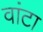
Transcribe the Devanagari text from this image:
वांटा